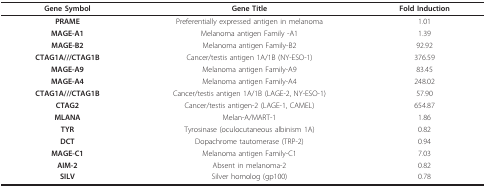
<table><thead><tr><td><b>Gene Symbol</b></td><td><b>Gene Title</b></td><td><b>Fold Induction</b></td></tr></thead><tbody><tr><td><b>PRAME</b></td><td>Preferentially expressed antigen in melanoma</td><td>1.01</td></tr><tr><td><b>MAGE-A1</b></td><td>Melanoma antigen Family -A1</td><td>1.39</td></tr><tr><td><b>MAGE-B2</b></td><td>Melanoma antigen Family-B2</td><td>92.92</td></tr><tr><td><b>CTAG1A///CTAG1B</b></td><td>Cancer/testis antigen 1A/1B (NY-ESO-1)</td><td>376.59</td></tr><tr><td><b>MAGE-A9</b></td><td>Melanoma antigen Family-A9</td><td>83.45</td></tr><tr><td><b>MAGE-A4</b></td><td>Melanoma antigen Family-A4</td><td>248.02</td></tr><tr><td><b>CTAG1A///CTAG1B</b></td><td>Cancer/testis antigen 1A/1B (LAGE-2, NY-ESO-1)</td><td>57.90</td></tr><tr><td><b>CTAG2</b></td><td>Cancer/testis antigen-2 (LAGE-1, CAMEL)</td><td>654.87</td></tr><tr><td><b>MLANA</b></td><td>Melan-A/MART-1</td><td>1.86</td></tr><tr><td><b>TYR</b></td><td>Tyrosinase (oculocutaneous albinism 1A)</td><td>0.82</td></tr><tr><td><b>DCT</b></td><td>Dopachrome tautomerase (TRP-2)</td><td>0.94</td></tr><tr><td><b>MAGE-C1</b></td><td>Melanoma antigen Family-C1</td><td>7.03</td></tr><tr><td><b>AIM-2</b></td><td>Absent in melanoma-2</td><td>0.82</td></tr><tr><td><b>SILV</b></td><td>Silver homolog (gp100)</td><td>0.78</td></tr></tbody></table>